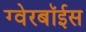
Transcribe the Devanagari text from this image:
ग्‍वेरबॉईस